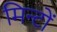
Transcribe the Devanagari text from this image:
मिन्टों